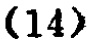
\((14)\)